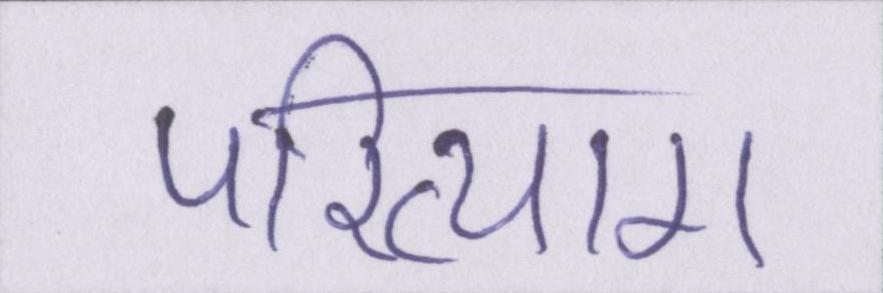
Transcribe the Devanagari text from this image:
परित्याग